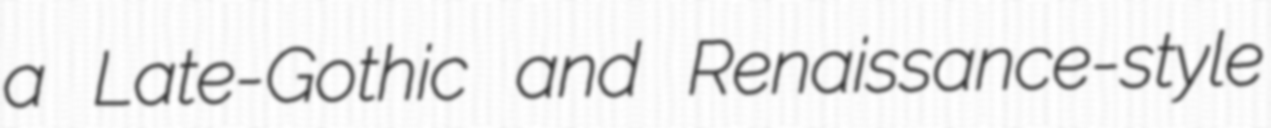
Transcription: a Late-Gothic and Renaissance-style